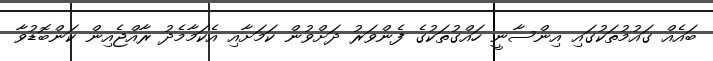
ބައެއް ގައުމުތަކުގައި އިންސާނީ ހައްގުތަކުގެ ފެންވަރު ދަށްވުން ކަމަށާއި އެކަމާމެދު ރާއްޖެއިން ކަންބޮޑުވާ